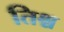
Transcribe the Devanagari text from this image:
तिश्च